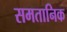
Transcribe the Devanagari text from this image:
समतानिक